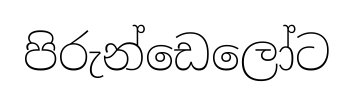
පිරුන්ඩෙලෝට